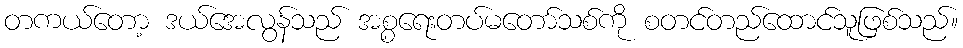
တကယ်တော့ ဒယ်အေလွန်သည် အစ္စရေးတပ်မတော်သစ်ကို စတင်တည်ထောင်သူဖြစ်သည်။